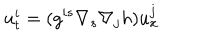
u _ { t } ^ { i } = ( g ^ { i s } \nabla _ { s } \nabla _ { j } h ) u _ { x } ^ { j }